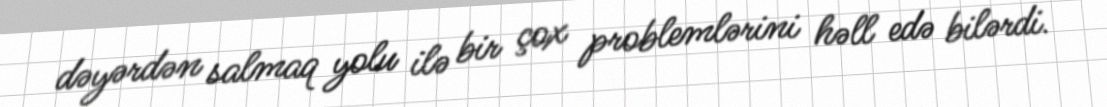
dəyərdən salmaq yolu ilə bir çox problemlərini həll edə bilərdi.